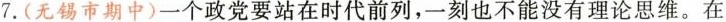
7.(无锡市期中)一个政党要站在时代前列，一刻也不能没有理论思维。在